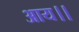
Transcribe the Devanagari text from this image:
आय।।